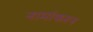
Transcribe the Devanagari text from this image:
नामांकरन